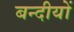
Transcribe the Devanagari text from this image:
बन्दीयों